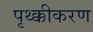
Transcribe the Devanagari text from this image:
पृथ्क्कीकरण